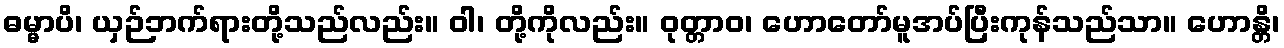
ဓမ္မာပိ၊ ယှဉ်ဘက်ရားတို့သည်လည်း။ ဝါ၊ တို့ကိုလည်း။ ဝုတ္တာဝ၊ ဟောတော်မူအပ်ပြီးကုန်သည်သာ။ ဟောန္တိ၊